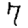
Digit: 7